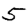
Digit: 5